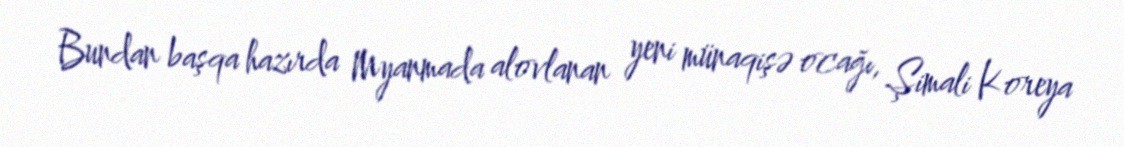
Bundan başqa hazırda Myanmada alovlanan yeni münaqişə ocağı, Şimali Koreya